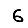
Digit: 6